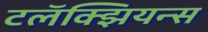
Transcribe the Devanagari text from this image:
टलॅक्झियन्स